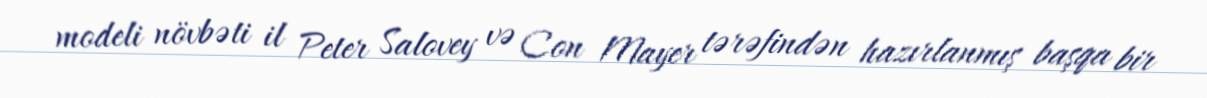
modeli növbəti il Peter Salovey və Con Mayer tərəfindən hazırlanmış başqa bir